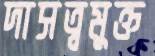
দাসত্বমুক্ত